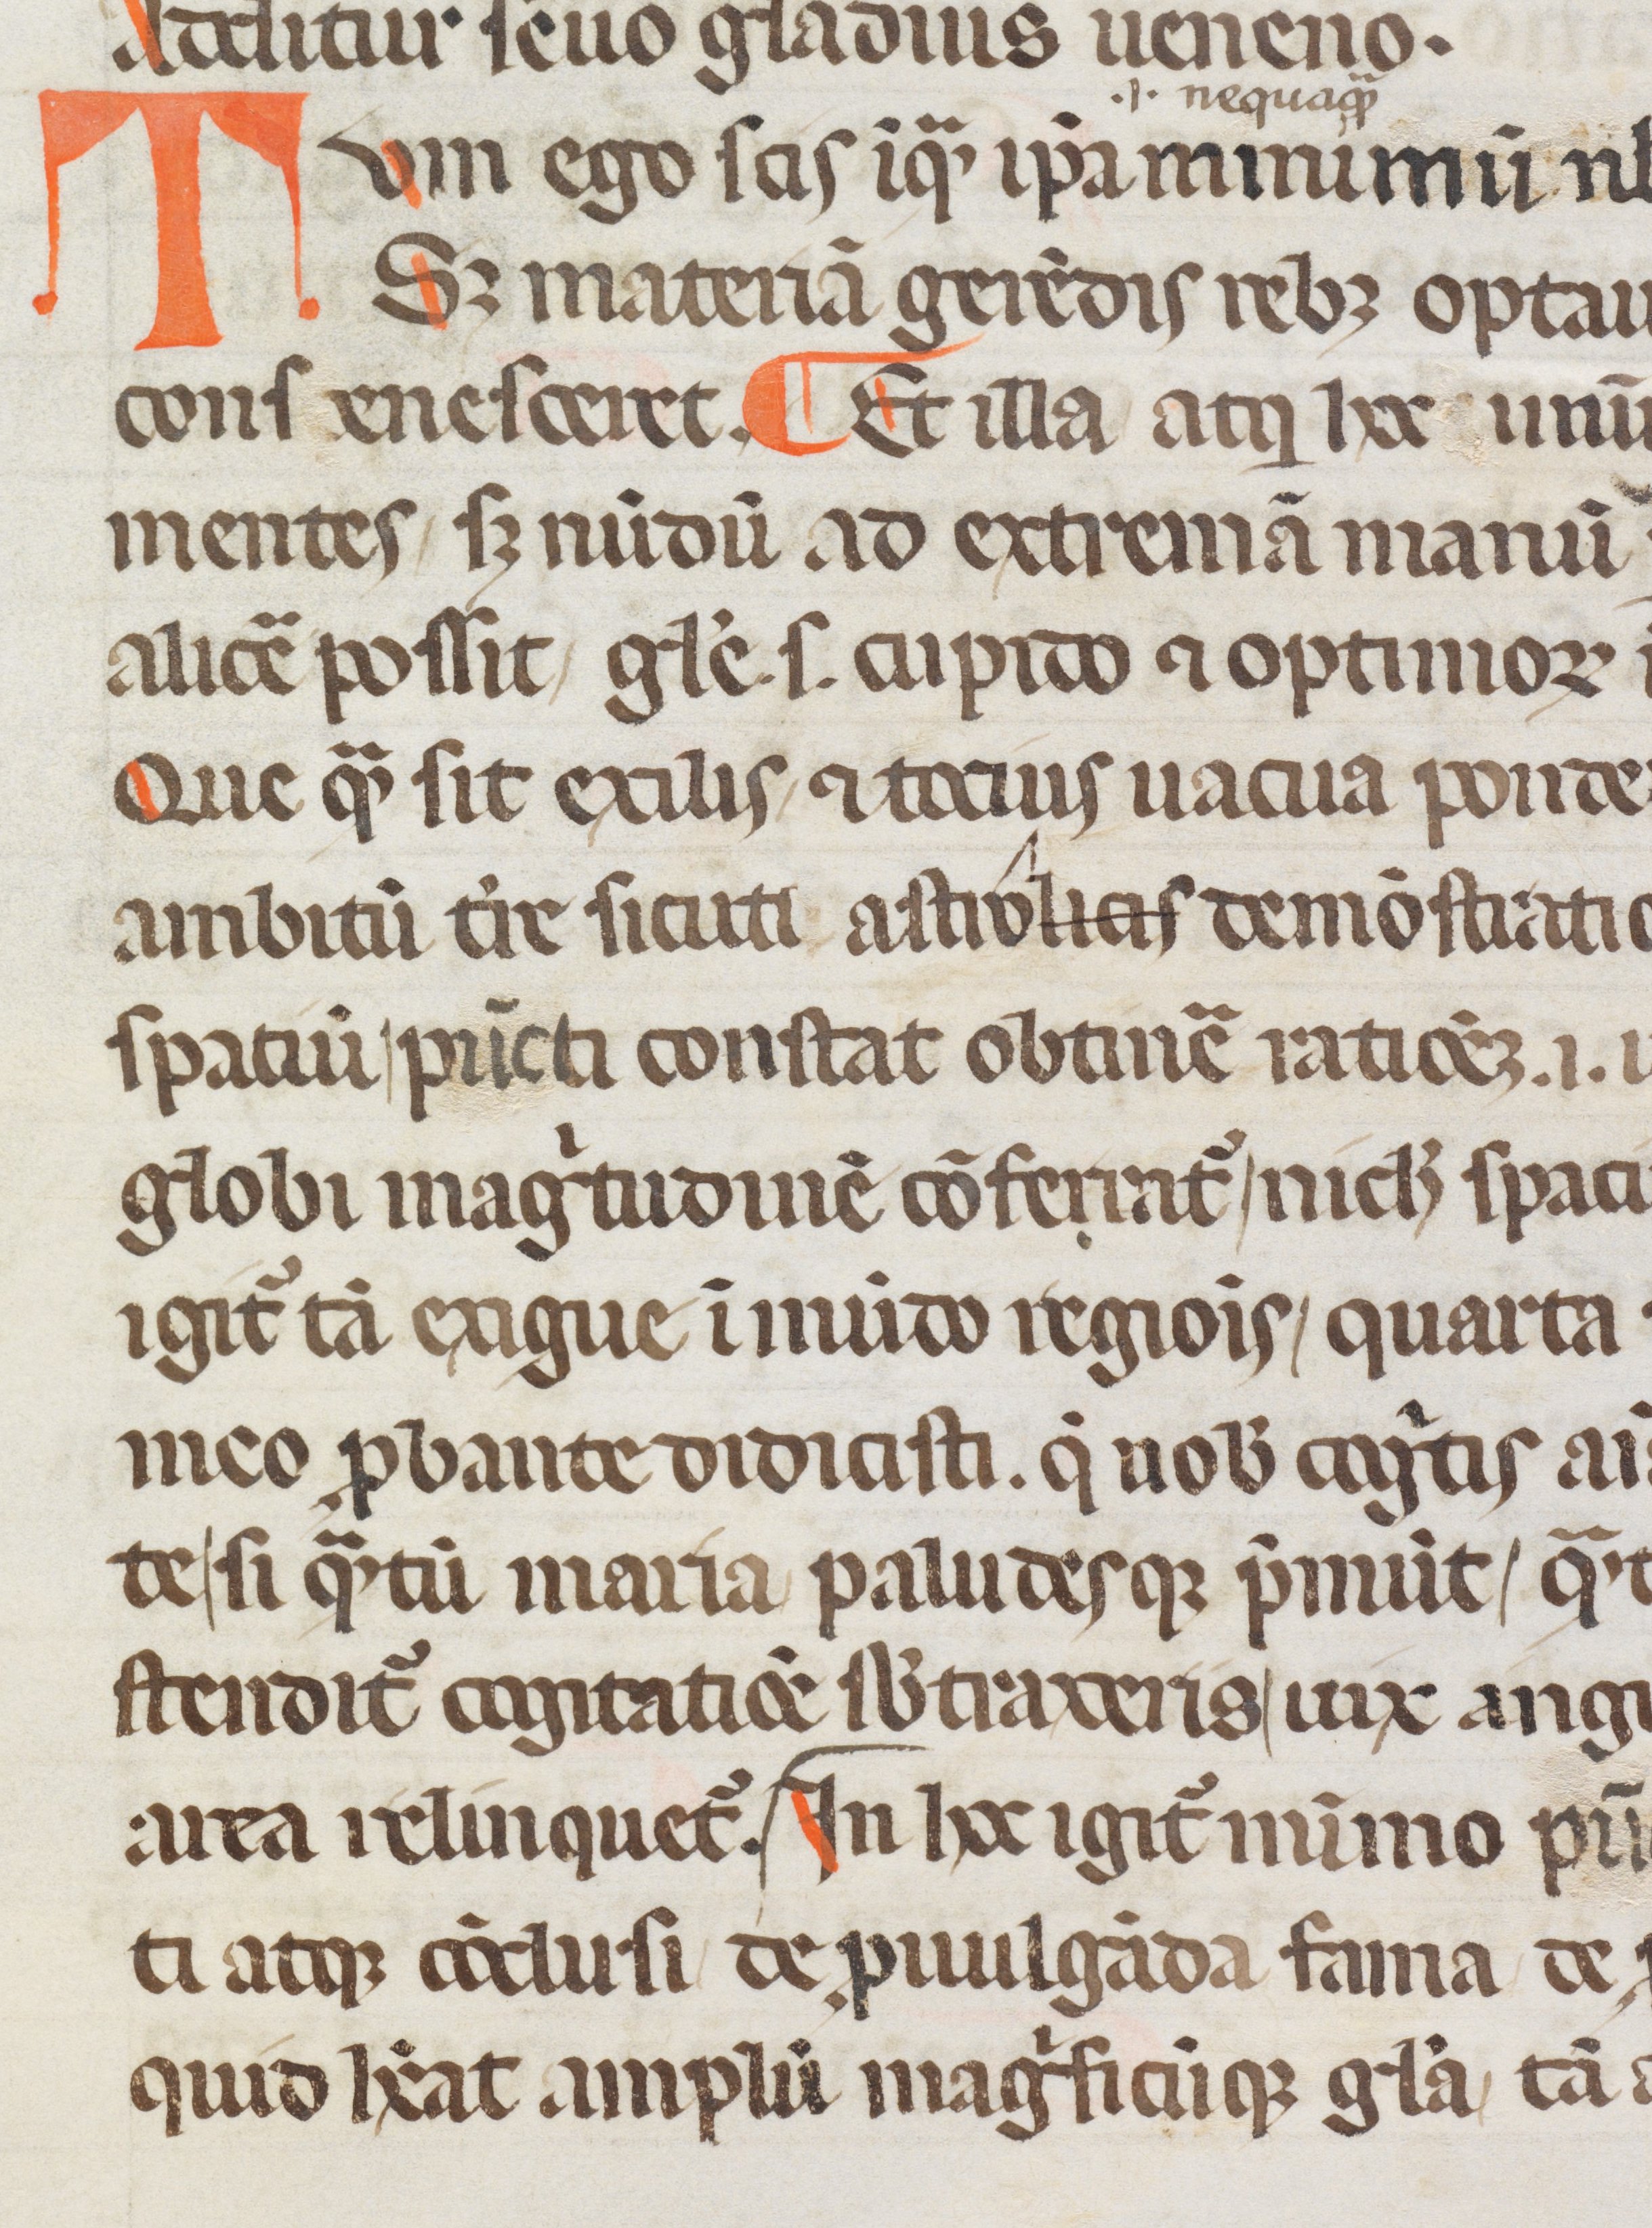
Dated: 1350–1399